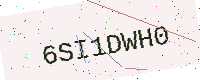
Text: 6SI1DWH0